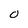
Character: O